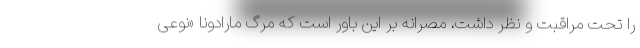
را تحت مراقبت و نظر داشت، مصرانه بر این باور است که مرگ مارادونا «نوعی